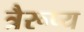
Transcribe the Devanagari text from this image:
त्रैरूप्य